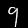
Digit: 9